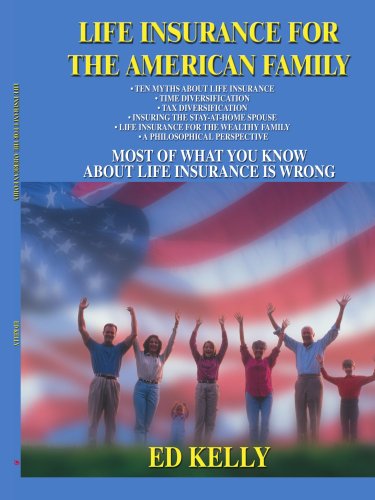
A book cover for Life Insurance for the American Family: Most of What You Know About Life Insurance is Wrong; Ed Kelly; Business & Money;